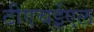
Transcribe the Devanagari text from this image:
टीएचईएल